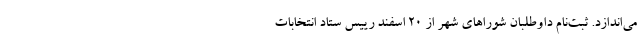
می‌اندازد. ثبت‌نام داوطلبان شوراهای شهر از ۲۰ اسفند رییس ستاد انتخابات